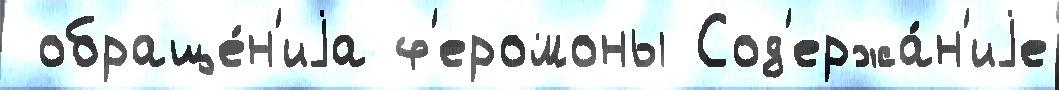
 обраще́н'иjа ф'еромоны Сод'ержа́н'иjе